V__Kingissepa_nim__kolhoos, lk 3
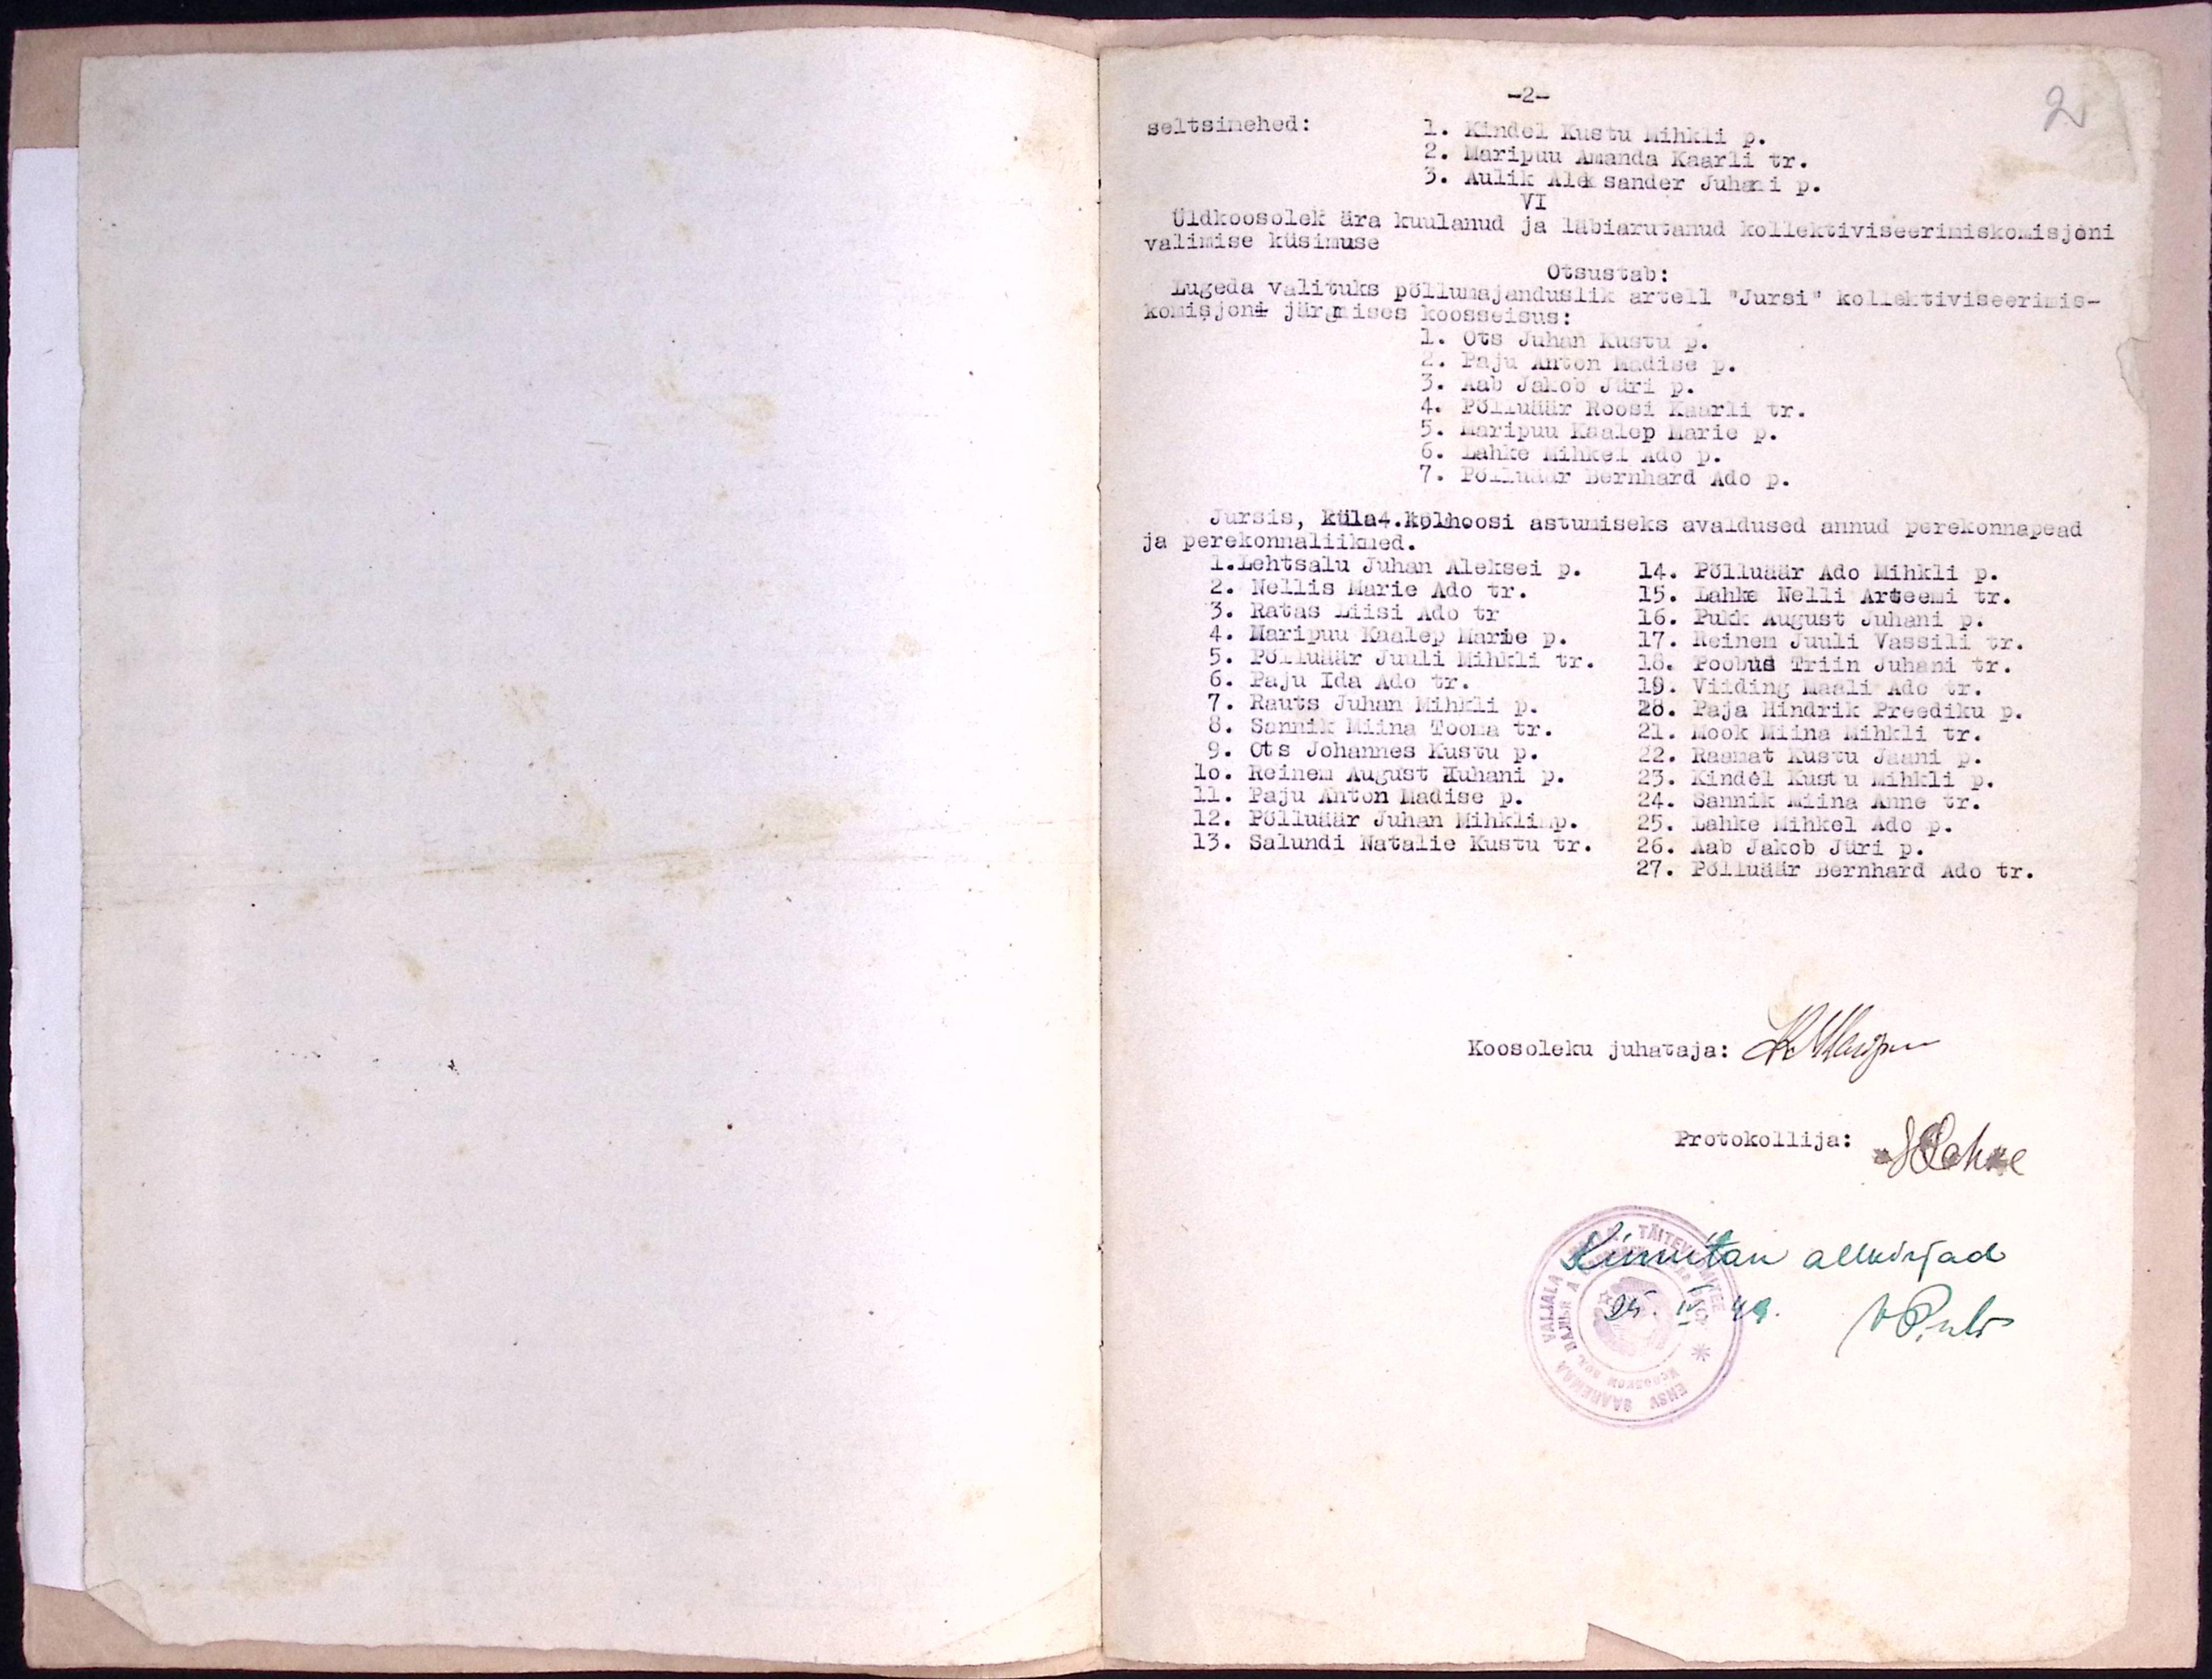
2

seltsimehed:
-2-
1. Kindel Kustu Mihkli p.
2. Maripuu Amanda Kaarli tr.
3. Aulik Aleksander Juhani p.
VI
Üldkoosolek ära kuulanud ja läbiarutanud kollektiviseerimiskomisjoni
valimise küsimuse
Otsustab:
Lugeda valituks põllumajanduslik artell "Jursi" kollektiviseerimis-
komisjoni järgmises koosseisus:
1. Ots Juhan Kustu p.
2. Paju Anton Madise p.
3. Aab Jakob Jüri p.
4. Põlluäär Roosi Kaarli tr.
5. Maripuu Kaalep Marie p.
6. Lahke Mihkel Ado p.
7. Põlluäär Bernhard Ado p.
Jursis, küla-.kolhoosi astumiseks avaldused annud perekonnapead
1. Lehtsalu Juhan Aleksei p.
14. Põlluäär Ado Mihkli p.
2. Nellis Marie Ado tr.
15. Lahke Nelli Arteemi tr.
3. Ratas Liisi Ado tr.
16. Pukk August Juhani p.
4. Haripuu Kaalep Marie p.
5. Põlluäär Juuli Mihkli tr.
17. Reinem Juuli Vassili tr.
16. Poobus Triin Juhani tr.
6. Paju Ida Ado tr.
19. Viiding Maali Ado tr.
7. Rauts Juhan Mihkli p.
20. Paja Hindrik Preediku p.
8. Sannik Miina Tooma tr.
21. Mook Miina Mihkli tr.
9. Ots Johannes Kustu p.
22. Raamat Kustu Jaani p.
10. Reinem August Juhani p.
11. Paju Anton Madise p.
23. Kindel Kustu Mihkli p.
24. Sannik Miina Anne tr.
12. Põlluäär Juhan Mihkli p.
25. Lahke Mihkel Ado p.
13. Salundi Natalie Kustu tr.
26. Aab Jakob Jüri p.
27. Põlluäär Bernhard Ado tr.
Koosoleku juhataja: K. Maripuu
Protokollija:
HLahke
Kinnitan allkirjad
25. IV. 49.
P. nbr.